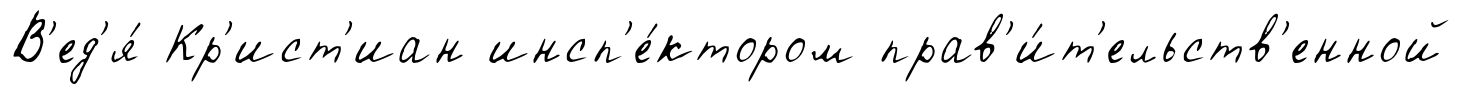
В'ед'я́ Кр'ист'иан инсп'е́ктором прав'и́т'ельств'енной